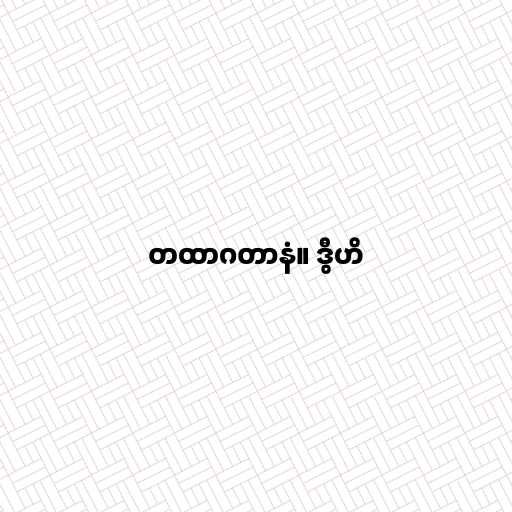
တထာဂတာနံ။ ဒွီဟိ